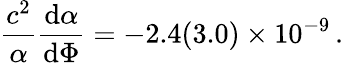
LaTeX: \frac{c^{2}}{\alpha}\frac{\textrm{d}\alpha}{\textrm{d}\Phi}=-2.4(3.0)\times 10^{-9}\, \textrm{.}